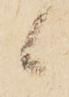
候